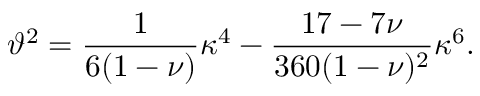
\vartheta ^ { 2 } = \frac { 1 } { 6 ( 1 - \nu ) } \kappa ^ { 4 } - \frac { 1 7 - 7 \nu } { 3 6 0 ( 1 - \nu ) ^ { 2 } } \kappa ^ { 6 } .